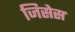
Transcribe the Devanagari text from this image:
जिसेस